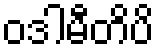
ဝဒါမီတိပိ